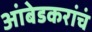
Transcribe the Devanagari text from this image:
आंबेडकरांचं